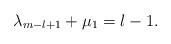
LaTeX: \begin{align*} \lambda _{m-l+1} + \mu _{1} = l-1.\end{align*}